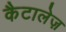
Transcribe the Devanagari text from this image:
कैटालेज़